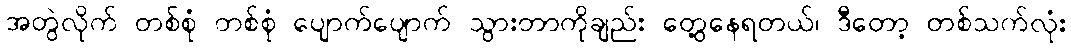
အတွဲလိုက် တစ်စုံ တစ်စုံ ပျောက်ပျောက် သွားတာကိုချည်း တွေ့နေရတယ်၊ ဒီတော့ တစ်သက်လုံး